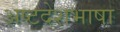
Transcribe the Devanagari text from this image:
अष्टदेशभाषा